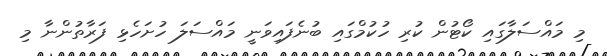
މި މައްސަލާގައި ކޯޓުން ކުރި ހުކުމްގައި ބުނެފައިވަނީ މައްސަލަ ހުށަހެޅި ފަރާތުންނާ މި